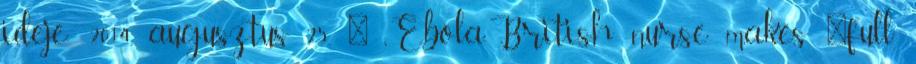
ideje: 2014. augusztus 25. ↑ „Ebola:British nurse makes 'full